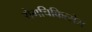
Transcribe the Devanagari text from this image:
रोगचिकित्सेस